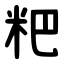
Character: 粑